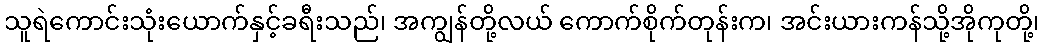
သူရဲကောင်းသုံးယောက်နှင့်ခရီးသည်၊ အကျွန်တို့လယ် ကောက်စိုက်တုန်းက၊ အင်းယားကန်သို့အိုကုတို့၊